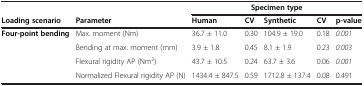
|  |  | <COLSPAN=5> Specimen type |
 | Loading scenario | Parameter | Human | CV | Synthetic | CV | p-value |
 | --- | --- | --- | --- | --- | --- | --- |
 | Four-point bending | Max. moment (Nm) | 36.7 ± 11.0 | 0.30 | 104.9 ± 19.0 | 0.18 | 0.001 |
 |  | Bending at max. moment (mm) | 3.9 ± 1.8 | 0.45 | 8.1 ± 1.9 | 0.23 | 0.003 |
 |  | Flexural rigidity AP (Nm2) | 43.7 ± 10.5 | 0.24 | 63.7 ± 3.6 | 0.06 | 0.001 |
 |  | Normalized Flexural rigidity AP (N) | 1434.4 ± 847.5 | 0.59 | 1712.8 ± 137.4 | 0.08 | 0.491 |